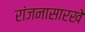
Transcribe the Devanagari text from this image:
रांजनासारखे